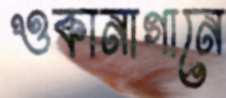
ওকানাগানে